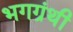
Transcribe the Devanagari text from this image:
भगग्रंथी